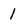
Character: 1